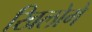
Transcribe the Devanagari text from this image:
खिलोगे